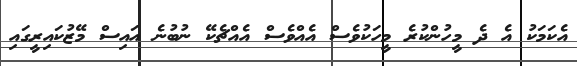
އެކަމަކު އެ ދެ މީހުންކުރެ މީހަކުވެސް އެއްވެސް އެއްޗެކޭ ނުބުނެ އައިސް މޭޒުކައިރީގައި